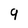
Character: 9